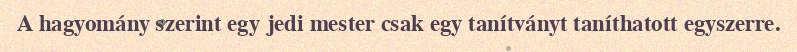
A hagyomány szerint egy jedi mester csak egy tanítványt taníthatott egyszerre.